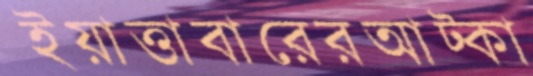
ইয়াত্তাবারেরআট্‌কা